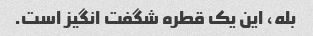
بله، این یک قطره شگفت انگیز است.